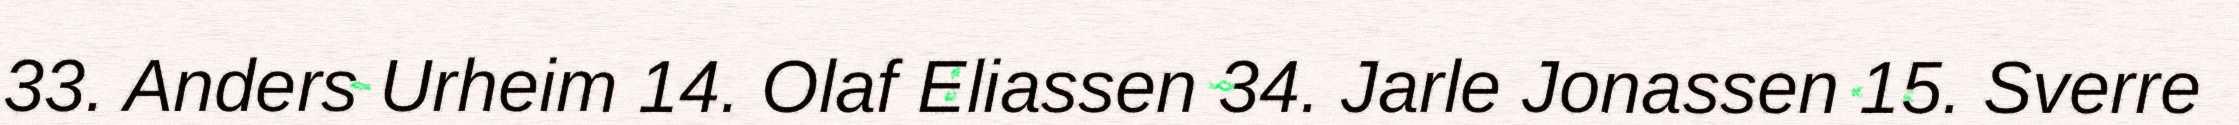
33. Anders Urheim 14. Olaf Eliassen 34. Jarle Jonassen 15. Sverre